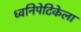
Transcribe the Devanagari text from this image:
ध्वनिपेटिकेला